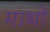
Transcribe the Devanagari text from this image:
माथों